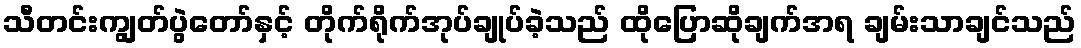
သီတင်းကျွတ်ပွဲတော်နှင့် တိုက်ရိုက်အုပ်ချုပ်ခဲ့သည် ထိုပြောဆိုချက်အရ ချမ်းသာချင်သည်